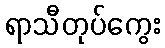
ရာသီတုပ်ကွေး